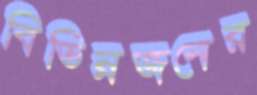
বিভিন্নজনের